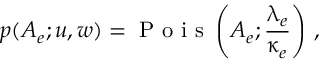
p ( A _ { e } ; u , w ) = \mathrm { ~ P ~ o ~ i ~ s ~ } \left( A _ { e } ; \frac { \uplambda _ { e } } { \upkappa _ { e } } \right) \, ,